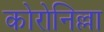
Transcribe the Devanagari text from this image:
कोरोनिल्ला